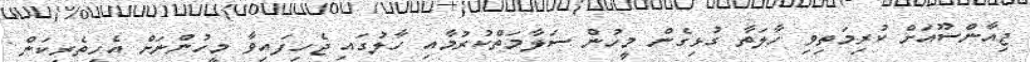
ޖިއާންސޫއަށް ކުރިމަތިވި ހާލަތާ ގުޅިގެން މީހުން ސަލާމަތްކުރުމާއި ހާލުގައި ޖެހިފައިވާ މީހުންނަށް އެހީތެރިކަން